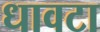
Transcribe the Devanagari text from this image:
धावटा